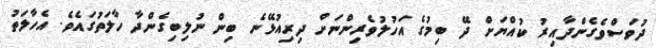
ދުވަސްވެގެންދާއިރު ކުއްޔަށް ދޭ ބިމުގެ އަހުލުވެރިންނަށް ދިރިއުޅޭނެ ބިން ނުލިބިގެންދާ ހާލަތުގައެވެ. އެހާލަތު